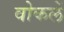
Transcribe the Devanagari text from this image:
वोकलें